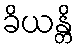
ခိယန္တိ